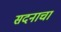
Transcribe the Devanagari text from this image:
सदनाचा